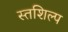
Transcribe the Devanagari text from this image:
स्‍तशिल्प